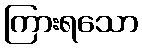
ကြားရသော